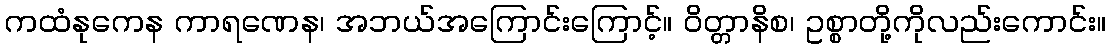
ကထံနုကေန ကာရဏေန၊ အဘယ်အကြောင်းကြောင့်။ ဝိတ္တာနိစ၊ ဥစ္စာတို့ကိုလည်းကောင်း။